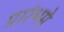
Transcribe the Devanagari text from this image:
प्रारंभमे